Indian journal of veterinary science and animal husbandry - Volume 3,
Year: 1933
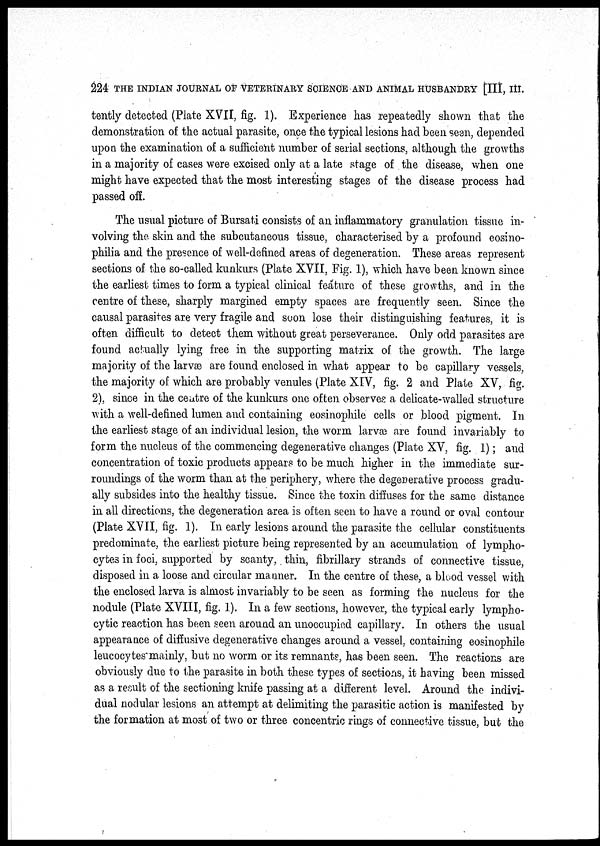
224 THE INDIAN JOURNAL OF VETERINARY SCIENCE AND ANIMAL HUSBANDRY [III, III.
tently detected (Plate XVII, fig. 1). Experience has repeatedly shown that the
demonstration of the actual parasite, once the typical lesions had been seen, depended
upon the examination of a sufficient number of serial sections, although the growths
in a majority of cases were excised only at a late stage of the disease, when one
might have expected that the most interesting stages of the disease process had
passed off.
The usual picture of Bursati consists of an inflammatory granulation tissue in-
volving the skin and the subcutaneous tissue, characterised by a profound eosino-
philia and the presence of well-defined areas of degeneration. These areas represent
sections of the so-called kunkurs (Plate XVII, Fig. 1), which have been known since
the earliest times to form a typical clinical feature of these growths, and in the
centre of these, sharply margined empty spaces are frequently seen. Since the
causal parasites are very fragile and soon lose their distinguishing features, it is
often difficult to detect them without great perseverance. Only odd parasites are
found actually lying free in the supporting matrix of the growth. The large
majority of the larvæ are found enclosed in what appear to be capillary vessels,
the majority of which are probably venules (Plate XIV, fig. 2 and Plate XV, fig.
2), since in the centre of the kunkurs one often observes a delicate-walled structure
with a well-defined lumen and containing eosinophile cells or blood pigment. In
the earliest stage of an individual lesion, the worm larvæ are found invariably to
form the nucleus of the commencing degenerative changes (Plate XV, fig. 1); and
concentration of toxic products appears to be much higher in the immediate sur-
roundings of the worm than at the periphery, where the degenerative process gradu-
ally subsides into the healthy tissue. Since the toxin diffuses for the same distance
in all directions, the degeneration area is often seen to have a round or oval contour
(Plate XVII, fig. 1). In early lesions around the parasite the cellular constituents
predominate, the earliest picture being represented by an accumulation of lympho-
cytes in foci, supported by scanty, thin, fibrillary strands of connective tissue,
disposed in a loose and circular manner. In the centre of these, a blood vessel with
the enclosed larva is almost invariably to be seen as forming the nucleus for the
nodule (Plate XVIII, fig. 1). In a few sections, however, the typical early lympho-
cytic reaction has been seen around an unoccupied capillary. In others the usual
appearance of diffusive degenerative changes around a vessel, containing eosinophile
leucocytes mainly, but no worm or its remnants, has been seen. The reactions are
obviously due to the parasite in both these types of sections, it having been missed
as a result of the sectioning knife passing at a different level. Around the indivi-
dual nodular lesions an attempt at delimiting the parasitic action is manifested by
the formation at most of two or three concentric rings of connective tissue, but the